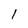
Character: 1